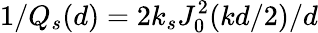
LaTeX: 1/Q_{s}(d)=2k_{s}J_{0}^{2}(kd/2)/d